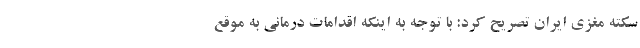
سکته مغزی ایران تصریح کرد: با توجه به اینکه اقدامات درمانی به موقع